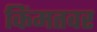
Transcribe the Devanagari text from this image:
किंमतवर